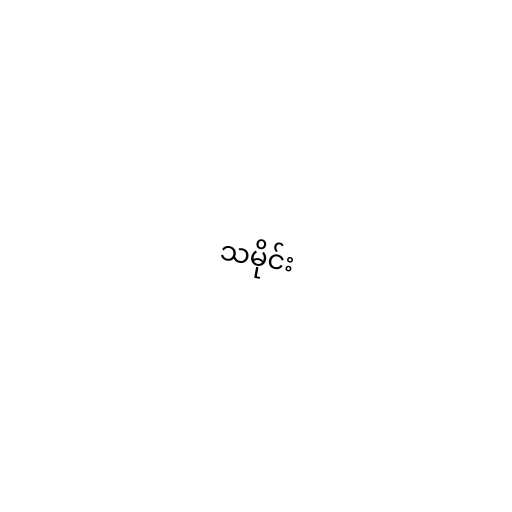
သမိုင်း